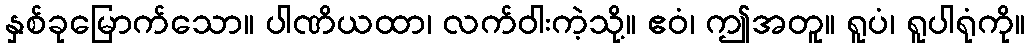
နှစ်ခုမြောက်သော။ ပါဏိယထာ၊ လက်ဝါးကဲ့သို့။ ဧဝံ၊ ဤအတူ။ ရူပံ၊ ရူပါရုံကို။